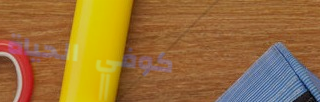
كوفي الحياة